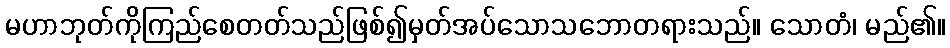
မဟာဘုတ်ကိုကြည်စေတတ်သည်ဖြစ်၍မှတ်အပ်သောသဘောတရားသည်။ သောတံ၊ မည်၏။